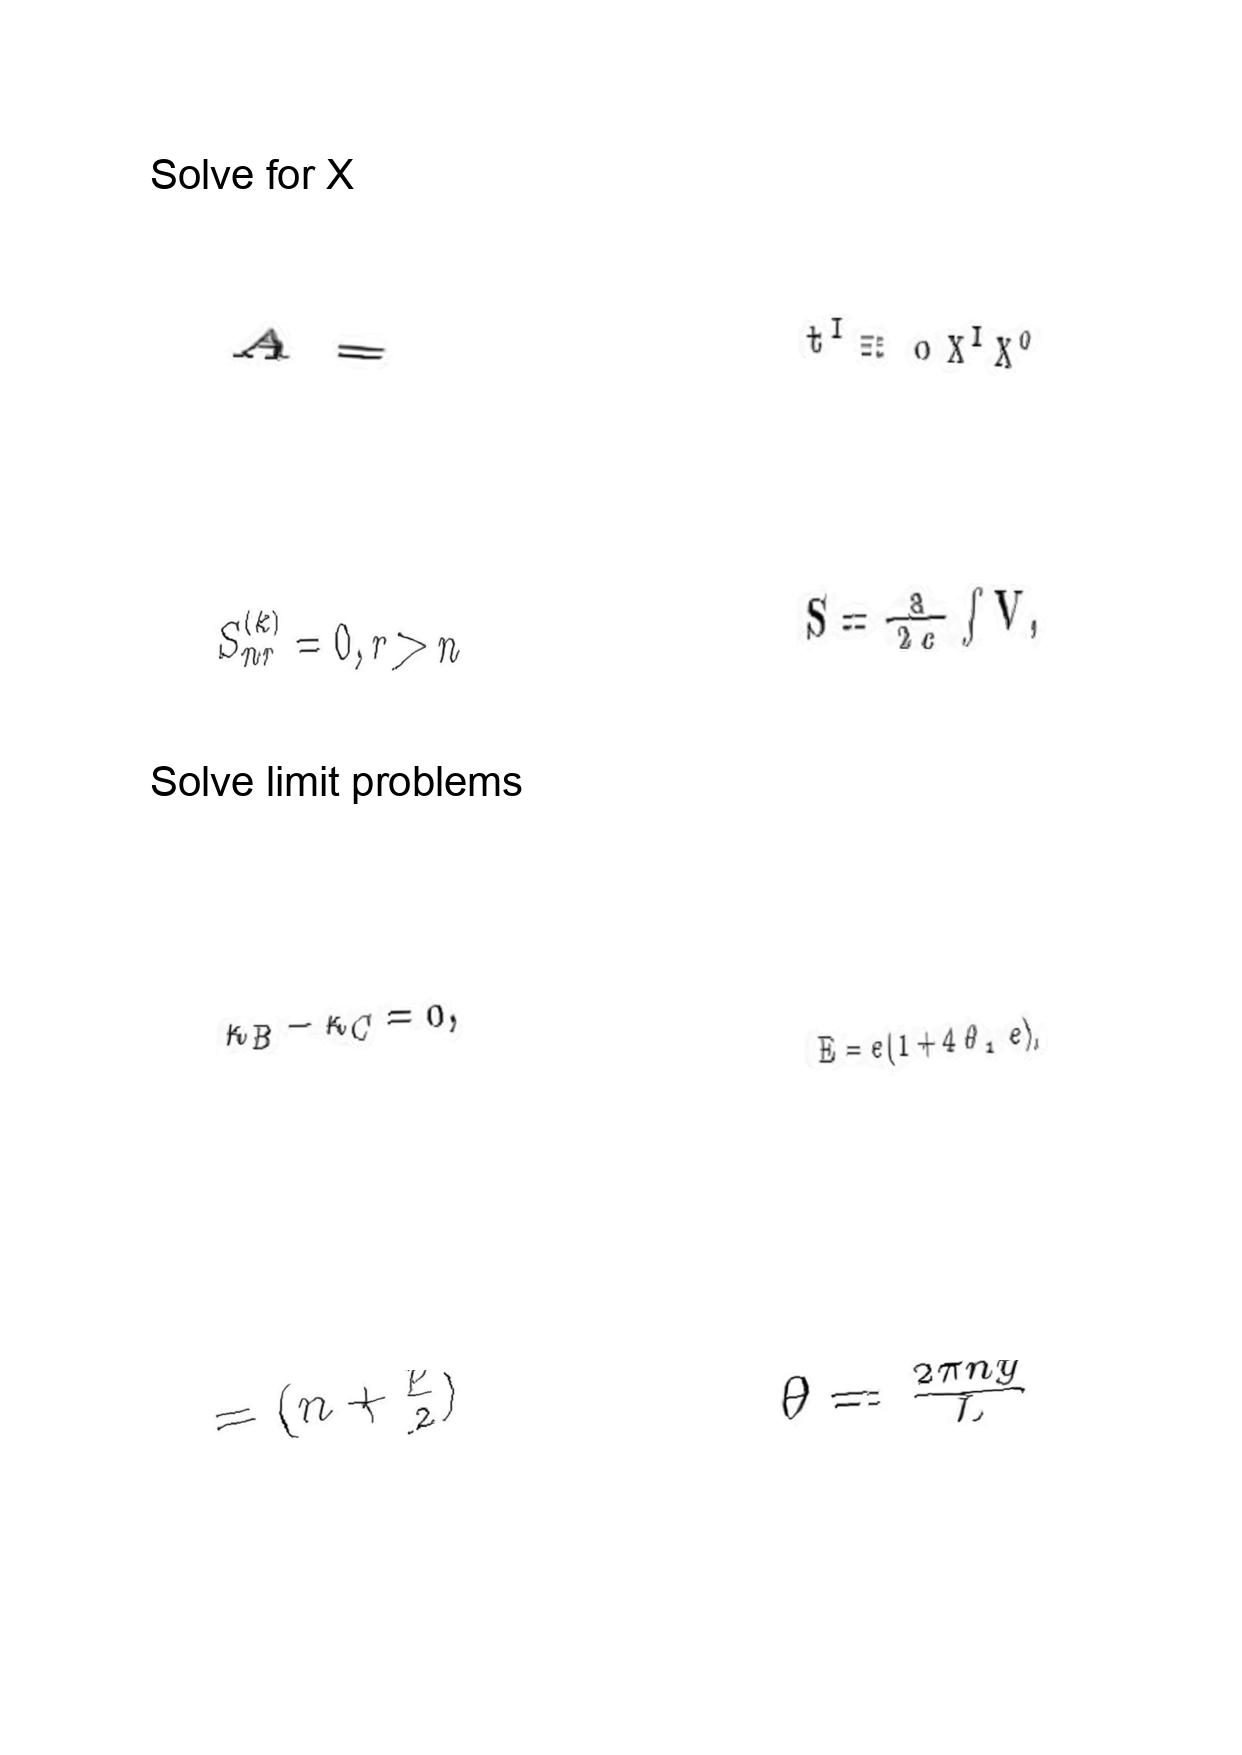
LaTeX transcription:
A =
S _ { n r } ^ { \lparen k \rparen } = 0 , r \gt n
\kappa _ { B } - \kappa _ { C } = 0 ,
= \lparen n + \frac { p } { 2 } \rparen
t ^ { I } \equiv \text { \ o } X ^ { I } X ^ { 0 }
S = \frac { a } { 2 c } \int V ,
E = e \lparen 1 + 4 \theta _ { 1 } e \rparen ,
\theta = \frac { 2 \pi n y } { L }